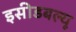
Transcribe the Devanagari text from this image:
इसीडबल्यू